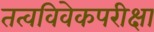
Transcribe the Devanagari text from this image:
तत्वविवेकपरीक्षा